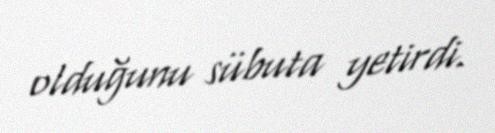
olduğunu sübuta yetirdi.